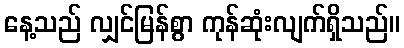
နေ့သည် လျှင်မြန်စွာ ကုန်ဆုံးလျက်ရှိသည်။